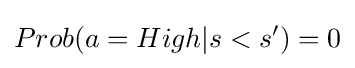
Prob(a=High|s<s')=0